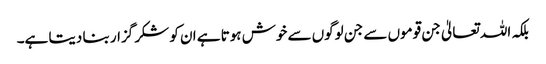
بلکہ اللہ تعالیٰ جن قوموں سے جن لوگوں سے خوش ہوتا ہے ان کو شکر گزار بنا دیتا ہے۔